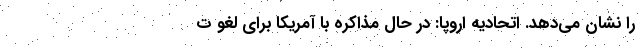
را نشان می‌دهد. اتحادیه اروپا: در حال مذاکره با آمریکا برای لغو ت